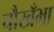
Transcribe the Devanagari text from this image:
चौखँभा